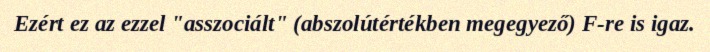
Ezért ez az ezzel "asszociált" (abszolútértékben megegyező) F-re is igaz.